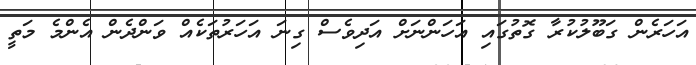
އަހަރެން ގަބޫލުކުރާ ގޮތުގައި އަހަންނަށް އަދިވެސް ގިނަ އަހަރުތަކެއް ވަންދެން އެންމެ މަތީ